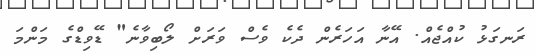
ރަނގަޅު ކުއްޖެއް. އޭނާ އަހަރެން ދެކެ ވެސް ވަރަށް ލޯބިވާނެ" ޑޭވިޑްގެ މަންމަ